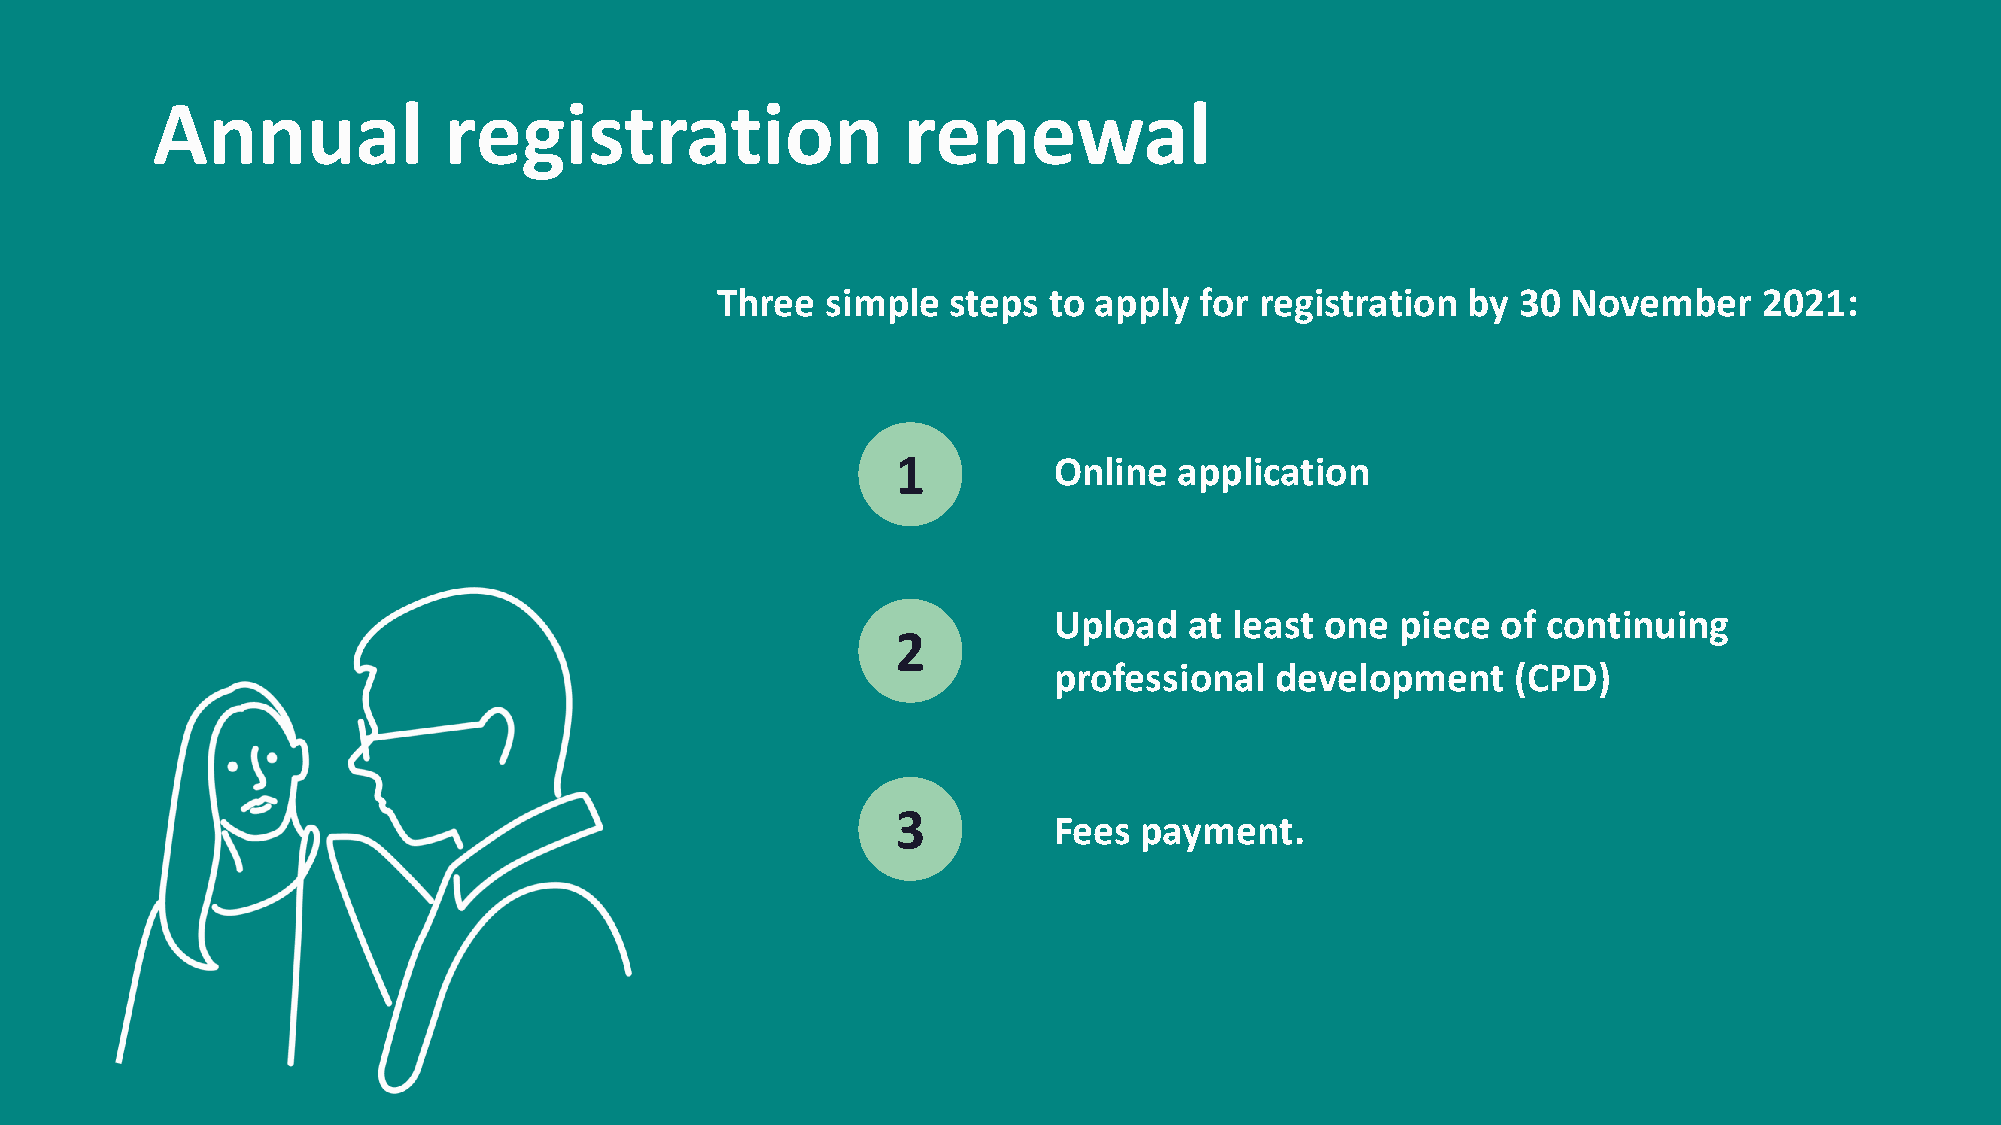
Annual             registration                   renewal
 Three   simple  steps to apply  for registration  by 30  November     2021:
 1          Online  application
 Upload   at least one  piece of continuing
 2
 professional  development     (CPD)
 3
 Fees payment.